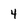
Character: 4